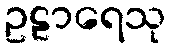
ဥဠာရေသု